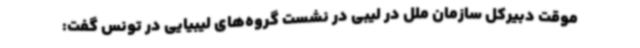
موقت دبیرکل سازمان ملل در لیبی در نشست گروه‌های لیبیایی در تونس گفت: